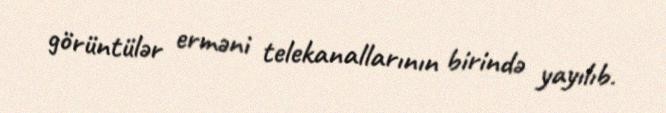
görüntülər erməni telekanallarının birində yayılıb.